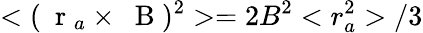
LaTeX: <(\mathrm{~\mathbf~r~}_{a}\times\mathrm{~\mathbf~B~})^{2}>=2B^{2}<r_{a}^{2}>/3